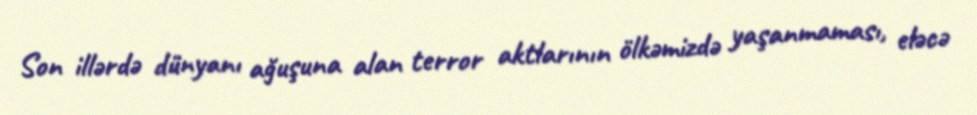
Son illərdə dünyanı ağuşuna alan terror aktlarının ölkəmizdə yaşanmaması, eləcə